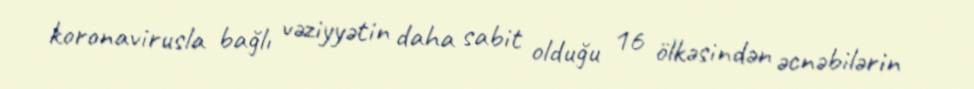
koronavirusla bağlı vəziyyətin daha sabit olduğu 16 ölkəsindən əcnəbilərin